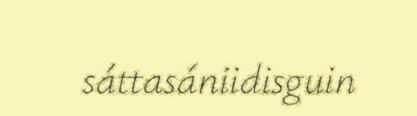
sáttasániidisguin